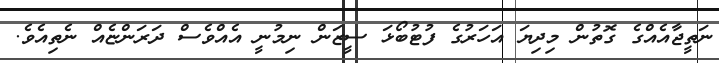
ނަތީޖާއެއްގެ ގޮތުން މިދިޔަ އަހަރުގެ ފުޓުބޯޅަ ސީޒަން ނިމުނީ އެއްވެސް ދަރަންޏެއް ނެތިއެވެ.